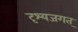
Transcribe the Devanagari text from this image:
दृश्यजगत्‌